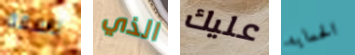
ناسفة الذي عليك الحمايه